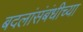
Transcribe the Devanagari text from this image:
बदलांसंबंधीच्या